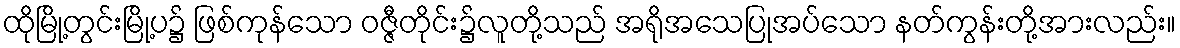
ထိုမြို့တွင်းမြို့ပ၌ ဖြစ်ကုန်သော ဝဇ္ဇီတိုင်း၌လူတို့သည် အရိုအသေပြုအပ်သော နတ်ကွန်းတို့အားလည်း။